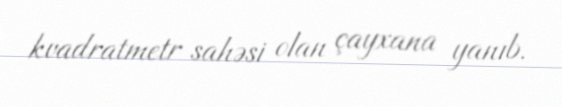
kvadratmetr sahəsi olan çayxana yanıb.